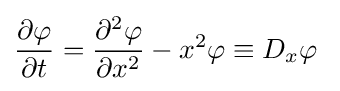
{\frac {\partial \varphi }{\partial t}}={\frac {\partial ^{2}\varphi }{\partial x^{2}}}-x^{2}\varphi \equiv D_{x}\varphi ~